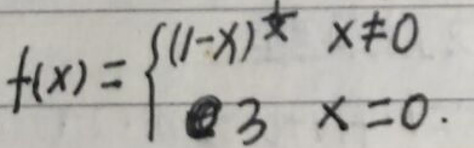
\[
f(x)=\begin{cases}
(1 - x)^{\frac{1}{x}} & x\neq0\\
3 & x = 0
\end{cases}
\]